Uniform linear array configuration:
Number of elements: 64
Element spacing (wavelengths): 0.25
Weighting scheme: binomial
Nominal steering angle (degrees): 60
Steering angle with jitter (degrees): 61.393
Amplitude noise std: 0.05
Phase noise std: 0.05

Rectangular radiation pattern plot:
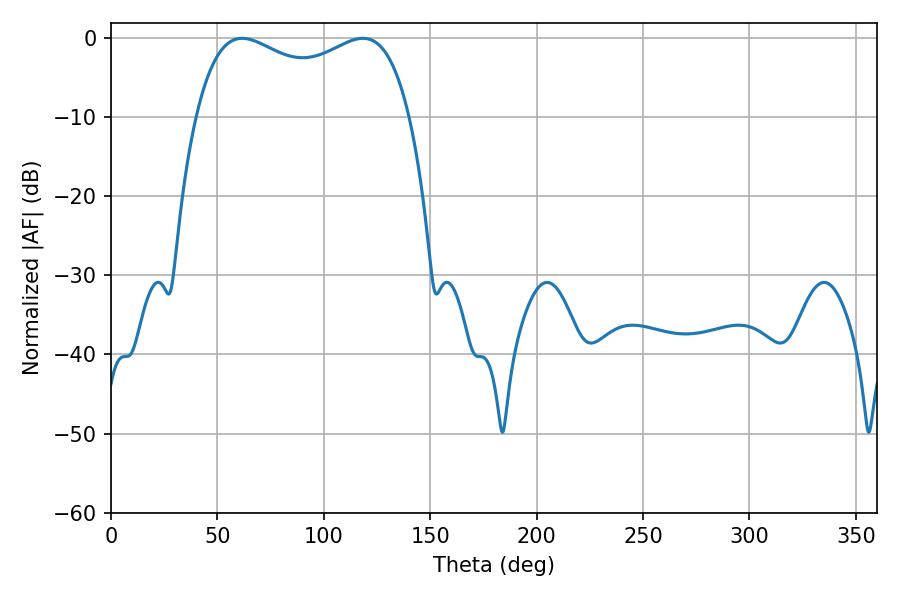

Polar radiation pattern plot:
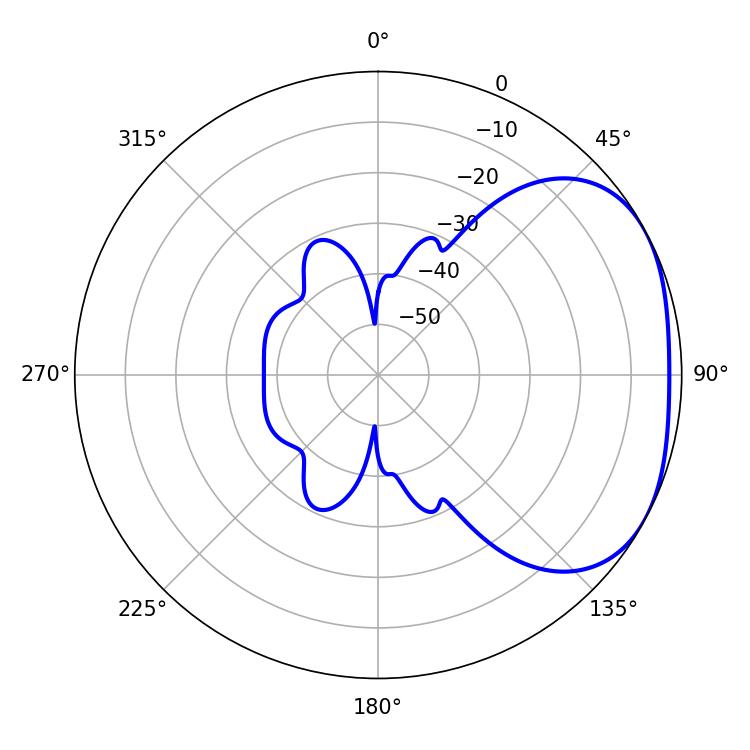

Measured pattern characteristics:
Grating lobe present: FALSE
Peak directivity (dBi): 2.635
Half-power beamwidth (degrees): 83.16
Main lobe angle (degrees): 61.56